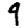
Digit: 9